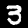
Digit: 3